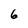
Character: 6